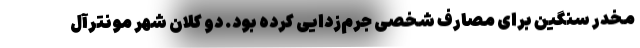
مخدر سنگین برای مصارف شخصی جرم‌زدایی کرده بود. دو کلان شهر مونترآل